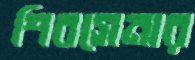
শিবসেনার